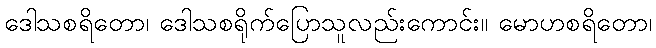
ဒေါသစရိတော၊ ဒေါသစရိုက်ပြောသူလည်းကောင်း။ မောဟစရိတော၊